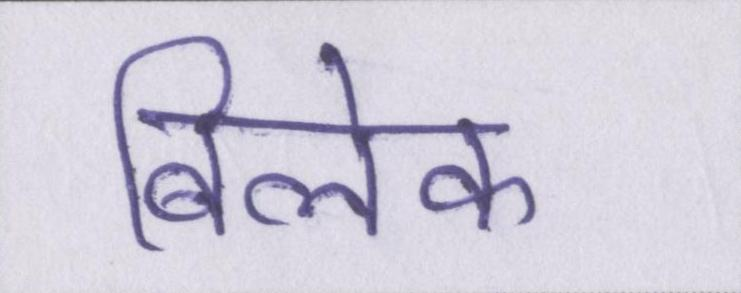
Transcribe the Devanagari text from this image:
बिलेक